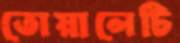
তোয়ালেটি